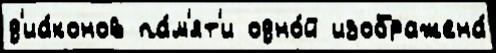
д'иа́конов па́м'ят'и одно́й изображена́